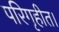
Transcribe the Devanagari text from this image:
परिगृहीत।